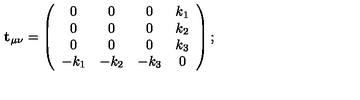
{ \bf t } _ { \mu \nu } = \left( \begin{array} { c c c c } { 0 } & { 0 } & { 0 } & { k _ { 1 } } \\ { 0 } & { 0 } & { 0 } & { k _ { 2 } } \\ { 0 } & { 0 } & { 0 } & { k _ { 3 } } \\ { - k _ { 1 } } & { - k _ { 2 } } & { - k _ { 3 } } & { 0 } \\ \end{array} \right) ;